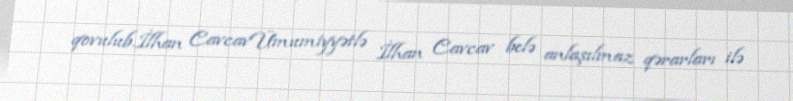
qovulub.İlhan CavcavÜmumiyyətlə İlhan Cavcav belə anlaşılmaz qərarları ilə